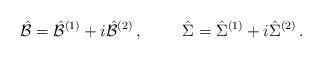
LaTeX: \begin{align*}\hat{\cal B} = \hat{\cal B}^{(1)} +i\hat{\cal B}^{(2)}\, ,\hskip 1truecm\hat{\Sigma} = \hat{\Sigma}^{(1)} +i\hat{\Sigma}^{(2)}\, .\end{align*}